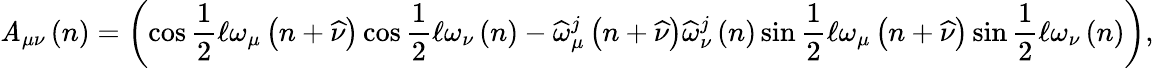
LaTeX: \mathit{A}_{\mu\nu}\left(n\right)=\left(\cos\frac{{1}}{{2}}\mathcal{{\ell}}\omega_{\mu}\left(n+\widehat{{\nu}}\right)\cos\frac{{1}}{{2}}\mathcal{{\ell}}\omega_{\nu}\left(n\right)-\widehat{{\omega}}_{\mu}^{j}\left(n+\widehat{{\nu}}\right)\widehat{{\omega}}_{\nu}^{j}\left(n\right)\sin\frac{{1}}{{2}}\mathcal{{\ell}}\omega_{\mu}\left(n+\widehat{{\nu}}\right)\sin\frac{{1}}{{2}}\mathcal{{\ell}}\omega_{\nu}\left(n\right)\right),